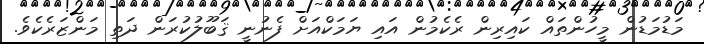
މަޑުމަޑުން މީހުންތައް ކައިރިން ރެކެމުން އައި ޔަމަކްއަށް ފެނުނީ ޤަބޫލުކުރަން ދަތި މަންޒަރެކެވެ.